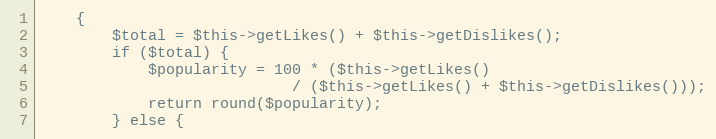
Language: PHP
    {
        $total = $this->getLikes() + $this->getDislikes();
        if ($total) {
            $popularity = 100 * ($this->getLikes()
                            / ($this->getLikes() + $this->getDislikes()));
            return round($popularity);
        } else {